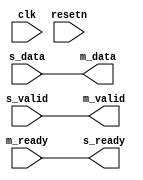
module util_axis_resize (
  input                       clk,
  input                       resetn,

  input                       s_valid,
  output                      s_ready,
  input [SLAVE_DATA_WIDTH-1:0]  s_data,

  output                      m_valid,
  input                       m_ready,
  output [MASTER_DATA_WIDTH-1:0] m_data
);

parameter MASTER_DATA_WIDTH = 64;
parameter SLAVE_DATA_WIDTH = 64;
parameter BIG_ENDIAN = 0;

generate if (SLAVE_DATA_WIDTH == MASTER_DATA_WIDTH) begin

assign m_valid = s_valid;
assign s_ready = m_ready;
assign m_data = s_data;

end else if (SLAVE_DATA_WIDTH < MASTER_DATA_WIDTH) begin

localparam RATIO = MASTER_DATA_WIDTH / SLAVE_DATA_WIDTH;

reg [MASTER_DATA_WIDTH-1:0] data;
reg [$clog2(RATIO)-1:0] count;
reg valid;

always @(posedge clk)
begin
  if (resetn == 1'b0) begin
    count <= RATIO - 1;
    valid <= 1'b0;
  end else begin
    if (count == 'h00 && s_ready == 1'b1 && s_valid == 1'b1)
      valid <= 1'b1;
    else if (m_ready == 1'b1)
      valid <= 1'b0;

    if (s_ready == 1'b1 && s_valid == 1'b1) begin
      if (count == 'h00)
        count <= RATIO - 1;
      else
        count <= count - 1'b1;
    end
  end
end

always @(posedge clk)
begin
  if (s_ready == 1'b1 && s_valid == 1'b1)
    if (BIG_ENDIAN == 1) begin
      data <= {data[MASTER_DATA_WIDTH-SLAVE_DATA_WIDTH-1:0], s_data};
    end else begin
      data <= {s_data, data[MASTER_DATA_WIDTH-1:SLAVE_DATA_WIDTH]};
    end
end

assign s_ready = ~valid || m_ready;
assign m_valid = valid;
assign m_data = data;

end else begin

localparam RATIO = SLAVE_DATA_WIDTH / MASTER_DATA_WIDTH;

reg [SLAVE_DATA_WIDTH-1:0] data;
reg [$clog2(RATIO)-1:0] count;
reg valid;

always @(posedge clk)
begin
  if (resetn == 1'b0) begin
    count <= RATIO - 1;
    valid <= 1'b0;
  end else begin
    if (s_valid == 1'b1 && s_ready == 1'b1)
      valid <= 1'b1;
    else if (count == 'h0 && m_ready == 1'b1 && m_valid == 1'b1)
      valid <= 1'b0;

    if (m_ready == 1'b1 && m_valid == 1'b1) begin
      if (count == 'h00)
        count <= RATIO - 1;
      else
        count <= count - 1'b1;
    end
  end
end

always @(posedge clk)
begin
  if (s_ready == 1'b1 && s_valid == 1'b1) begin
    data <= s_data;
  end else if (m_ready == 1'b1 && m_valid == 1'b1) begin
    if (BIG_ENDIAN == 1) begin
      data[SLAVE_DATA_WIDTH-1:MASTER_DATA_WIDTH] <= data[SLAVE_DATA_WIDTH-MASTER_DATA_WIDTH-1:0];
    end else begin
      data[SLAVE_DATA_WIDTH-MASTER_DATA_WIDTH-1:0] <= data[SLAVE_DATA_WIDTH-1:MASTER_DATA_WIDTH];
    end
  end
end

assign s_ready = ~valid || (m_ready && count == 'h0);
assign m_valid = valid;
assign m_data = BIG_ENDIAN == 1 ?
  data[SLAVE_DATA_WIDTH-1:SLAVE_DATA_WIDTH-MASTER_DATA_WIDTH] :
  data[MASTER_DATA_WIDTH-1:0];

end
endgenerate

endmodule